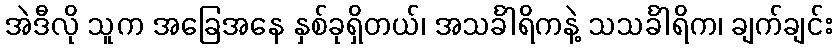
အဲဒီလို သူက အခြေအနေ နှစ်ခုရှိတယ်၊ အသင်္ခါရိကနဲ့ သသင်္ခါရိက၊ ချက်ချင်း